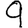
Digit: 9